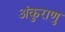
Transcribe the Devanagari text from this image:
अंकुराणु